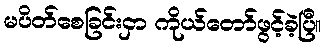
မပိတ်စေခြင်းငှာ ကိုယ်တော်ဖွင့်ခဲ့ပြီ။